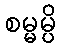
စမ္မမ္ပိ